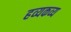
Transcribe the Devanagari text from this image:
हव्यकव्य